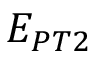
E _ { P T 2 }